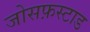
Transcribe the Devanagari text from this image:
जोसफ़स्टाड